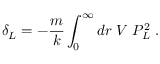
\delta _ { L } = - \frac { m } { k } \int _ { 0 } ^ { \infty } d r \; V \; P _ { L } ^ { 2 } \; .